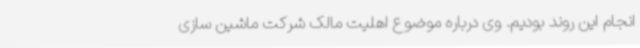
انجام این روند بودیم. وی درباره موضوع اهلیت مالک شرکت ماشین سازی